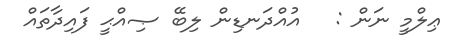
ޢިލްމީ ނަން :   އުއްދަނޑިން ލިބޭ ޞިއްޙީ ފައިދާތައް